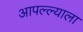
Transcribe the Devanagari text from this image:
आपल्ल्याला